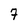
Character: 7